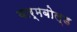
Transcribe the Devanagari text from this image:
वार्मबोल्ड